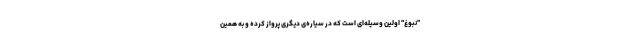
"نبوغ" اولین وسیله‌ای است که در سیاره‌ی دیگری پرواز کرده و به همین